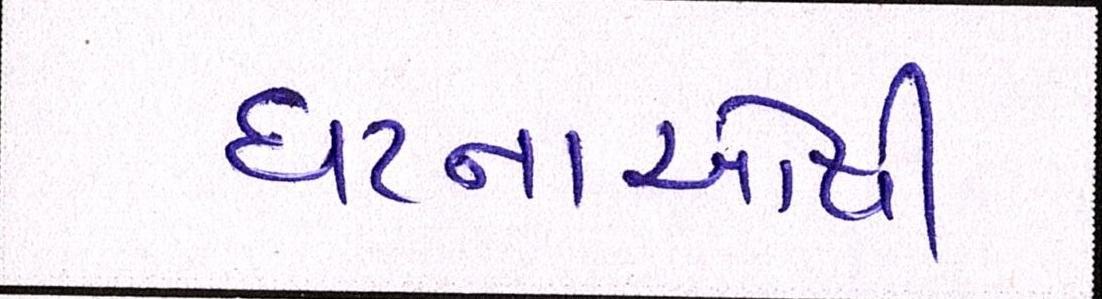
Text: ઘટનાઓથી